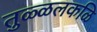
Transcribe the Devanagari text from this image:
तुळ्ळलकळि